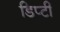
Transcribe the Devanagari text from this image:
डिप्‍टी